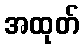
အထုတ်